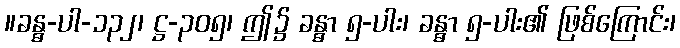
။ခန္ဓ-ပါ-၁၃၂၊ ဋ္ဌ-၃၀၅၊ ဤ၌ ခန္ဓာ ၅-ပါး၊ ခန္ဓာ ၅-ပါး၏ ဖြစ်ကြောင်း၊